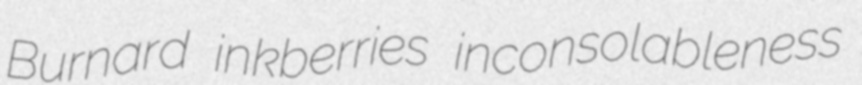
Burnard inkberries inconsolableness